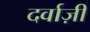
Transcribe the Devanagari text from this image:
दर्वाज़ी